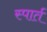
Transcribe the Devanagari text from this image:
स्पार्त